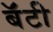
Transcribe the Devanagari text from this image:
बॅंटी